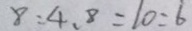
8 : 4 . 8 = 1 0 : 6